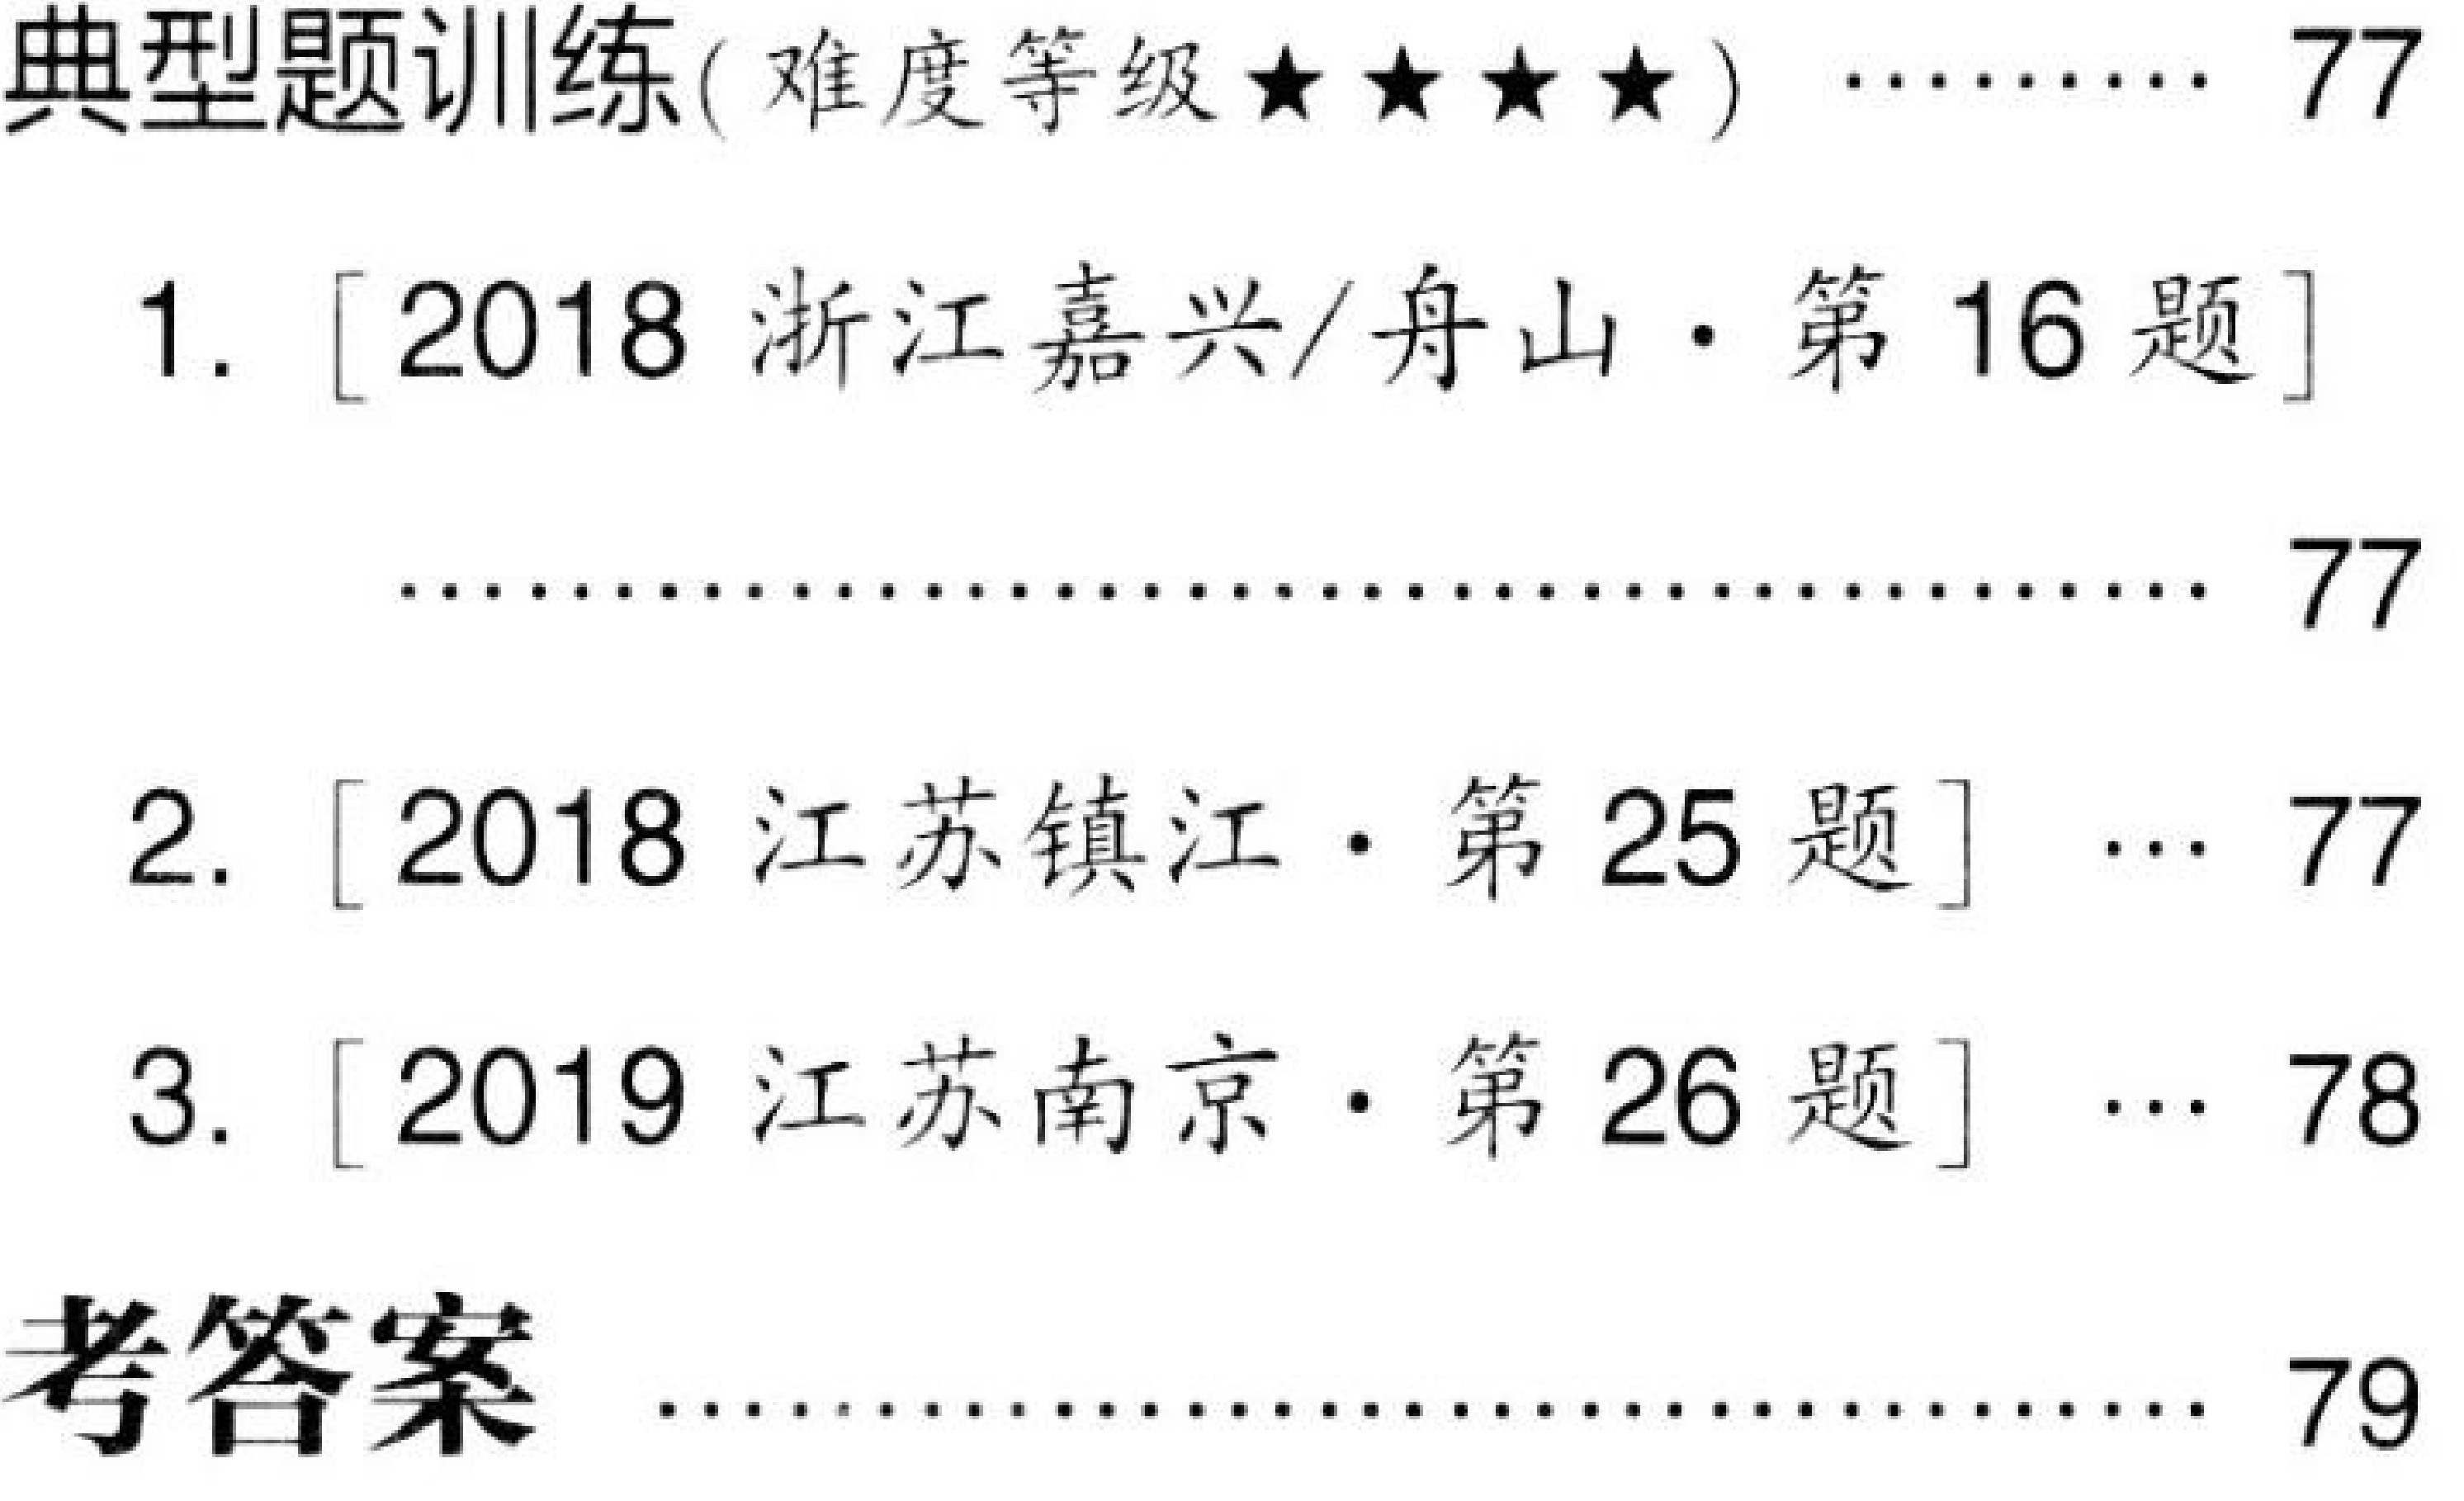
\begin{itemize}
\item 典型题训练(难度等级$\star\star\star\star$) \hfill 77
  \begin{enumerate}
  \item [2018 浙江嘉兴/舟山$\cdot$第 16 题] \hfill 77
  \item [2018 江苏镇江$\cdot$第 25 题] \hfill 77
  \item [2019 江苏南京$\cdot$第 26 题] \hfill 78
  \end{enumerate}
\item 考答案 \hfill 79
\end{itemize}